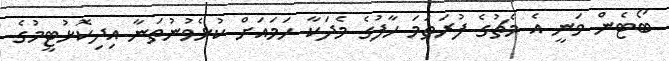
ބޯޓެން ވަނީ އެ މެޗުގެ ފުރަތަމަ ހާފުގެ މެދަކާ ހަމައަށް ކުޅެވުނުތަނާ އިދިކޮޅުޓީމުގެ